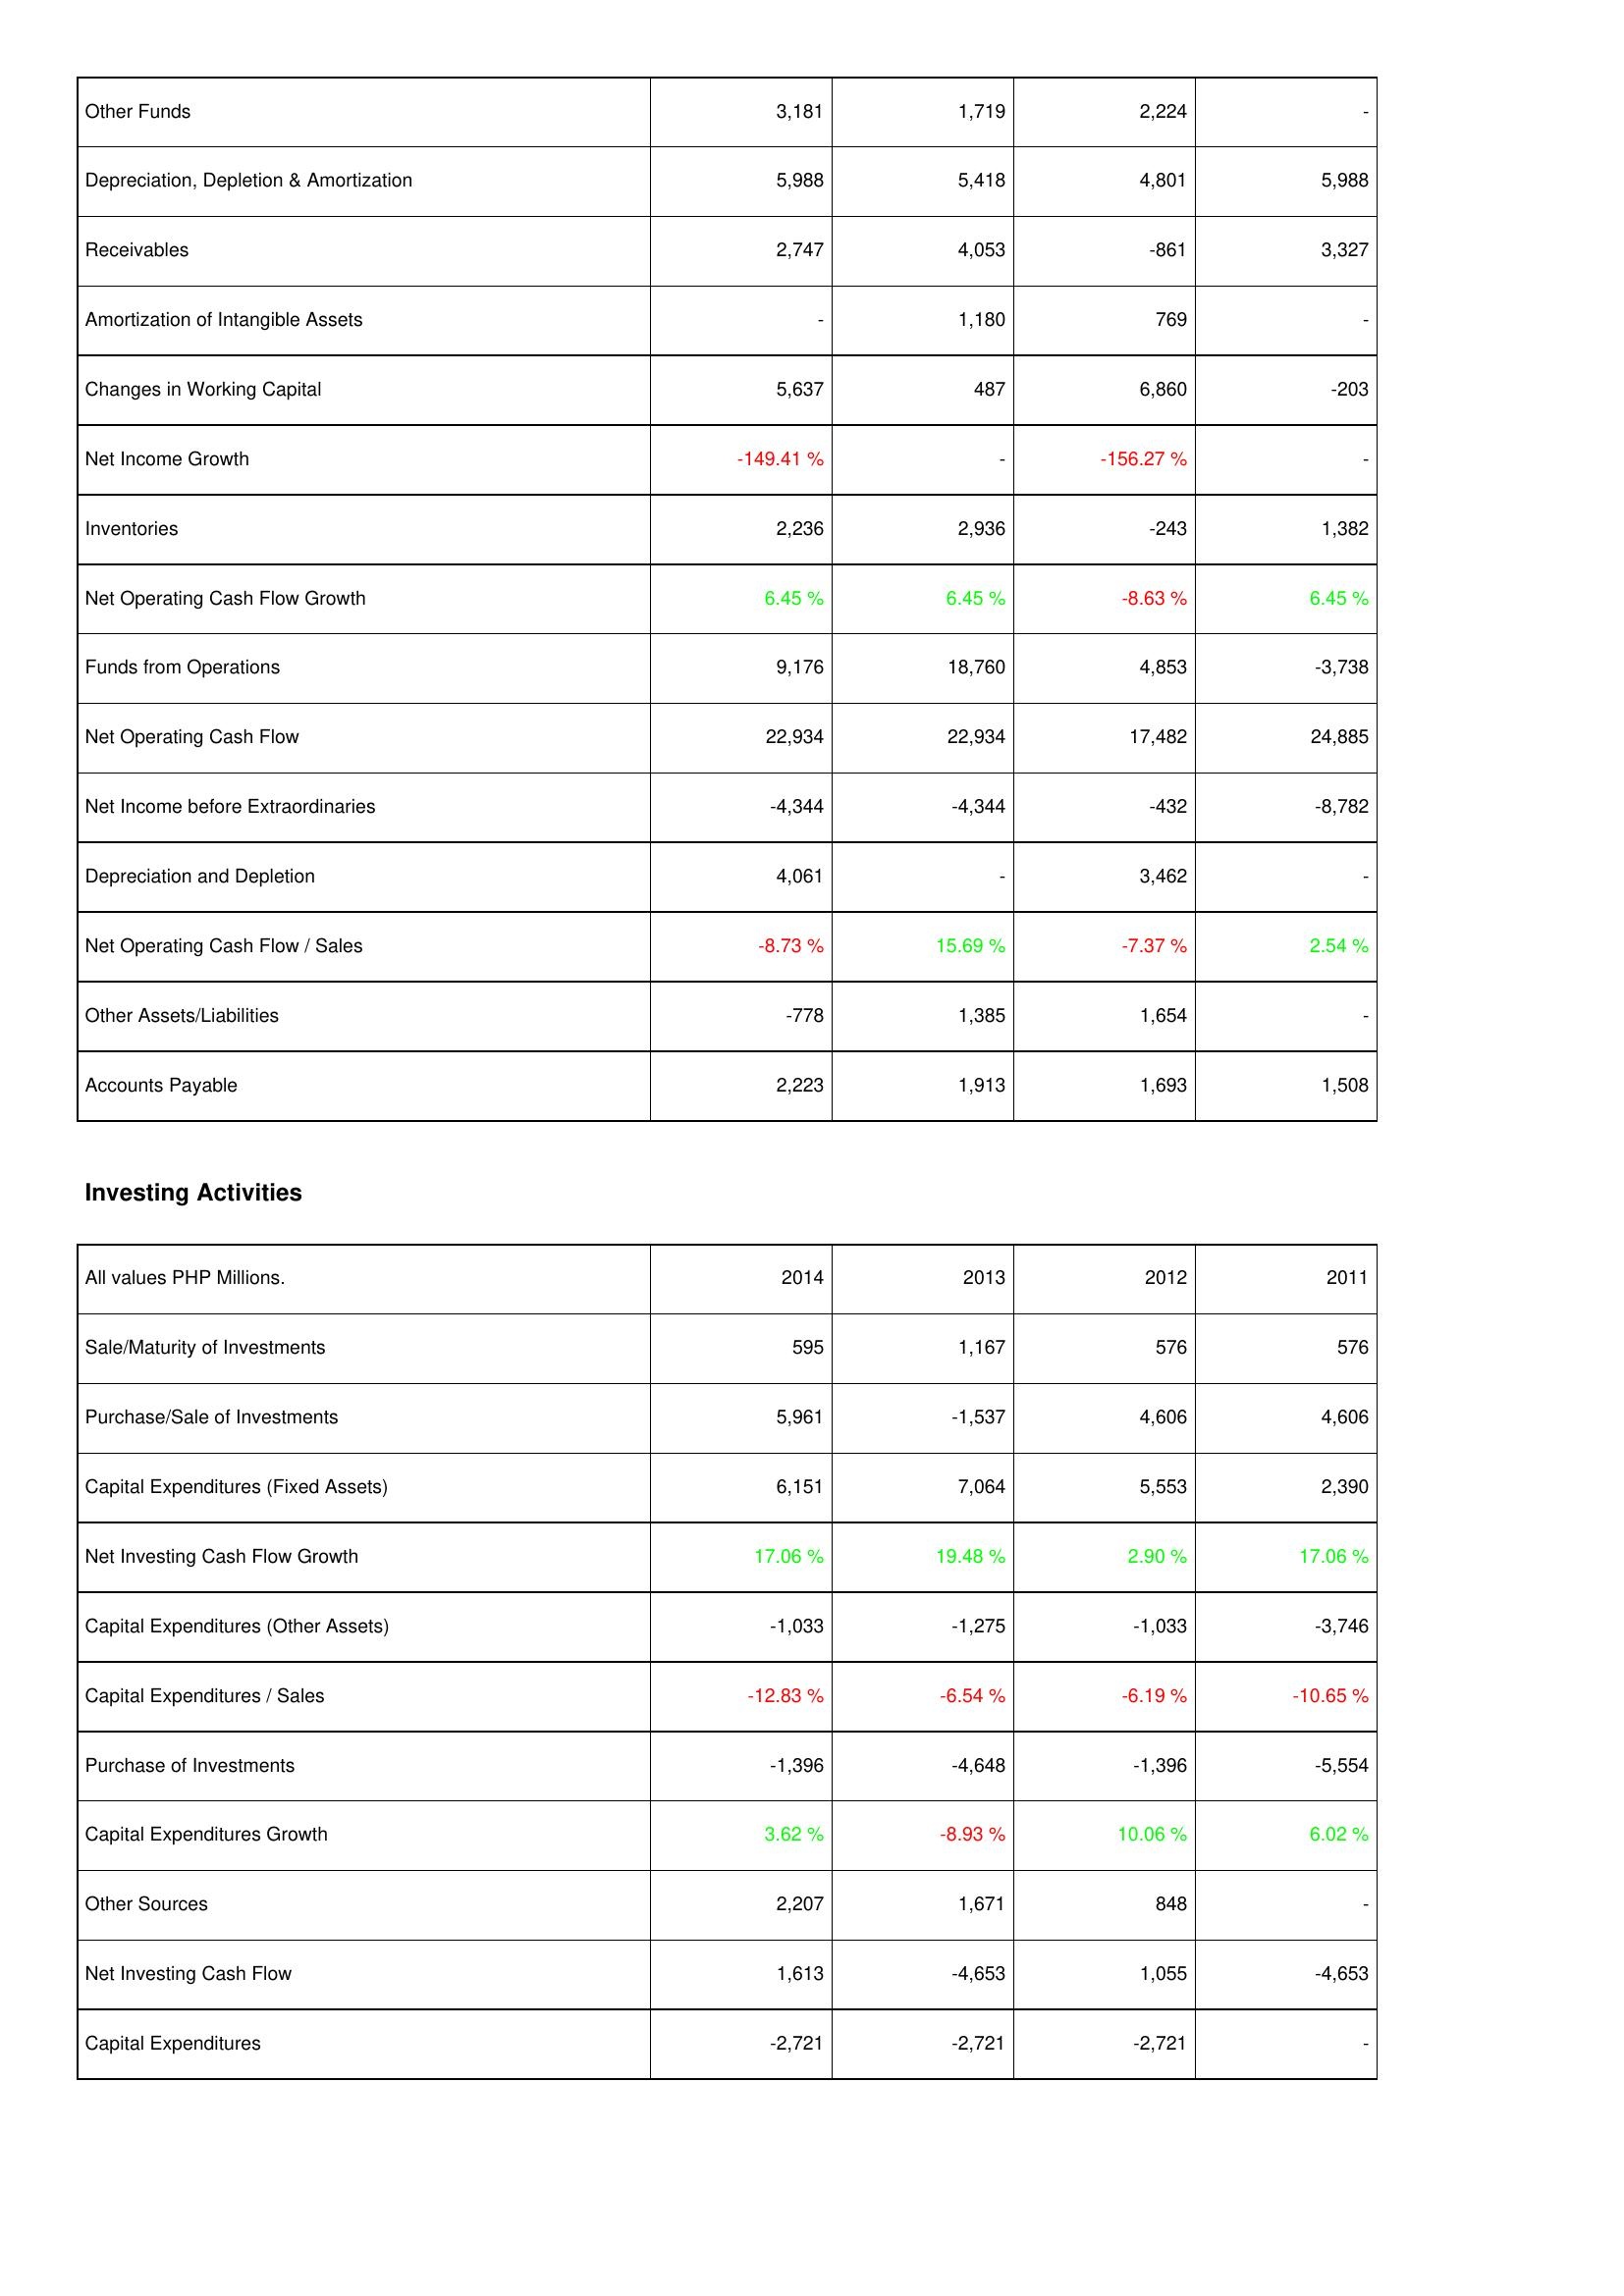
2014: Operating Activities: Other Funds: 3,181
Depreciation, Depletion & Amortization: 5,988
Receivables: 2,747
Amortization of Intangible Assets: -
Changes in Working Capital: 5,637
Net Income Growth: -149.41 %
Inventories: 2,236
Net Operating Cash Flow Growth: 6.45 %
Funds from Operations: 9,176
Net Operating Cash Flow: 22,934
Net Income before Extraordinaries: -4,344
Depreciation and Depletion: 4,061
Net Operating Cash Flow / Sales: -8.73 %
Other Assets/Liabilities: -778
Accounts Payable: 2,223
Investing Activities: Sale/Maturity of Investments: 595
Purchase/Sale of Investments: 5,961
Capital Expenditures (Fixed Assets): 6,151
Net Investing Cash Flow Growth: 17.06 %
Capital Expenditures (Other Assets): -1,033
Capital Expenditures / Sales: -12.83 %
Purchase of Investments: -1,396
Capital Expenditures Growth: 3.62 %
Other Sources: 2,207
Net Investing Cash Flow: 1,613
Capital Expenditures: -2,721
2013: Operating Activities: Other Funds: 1,719
Depreciation, Depletion & Amortization: 5,418
Receivables: 4,053
Amortization of Intangible Assets: 1,180
Changes in Working Capital: 487
Net Income Growth: -
Inventories: 2,936
Net Operating Cash Flow Growth: 6.45 %
Funds from Operations: 18,760
Net Operating Cash Flow: 22,934
Net Income before Extraordinaries: -4,344
Depreciation and Depletion: -
Net Operating Cash Flow / Sales: 15.69 %
Other Assets/Liabilities: 1,385
Accounts Payable: 1,913
Investing Activities: Sale/Maturity of Investments: 1,167
Purchase/Sale of Investments: -1,537
Capital Expenditures (Fixed Assets): 7,064
Net Investing Cash Flow Growth: 19.48 %
Capital Expenditures (Other Assets): -1,275
Capital Expenditures / Sales: -6.54 %
Purchase of Investments: -4,648
Capital Expenditures Growth: -8.93 %
Other Sources: 1,671
Net Investing Cash Flow: -4,653
Capital Expenditures: -2,721
2012: Operating Activities: Other Funds: 2,224
Depreciation, Depletion & Amortization: 4,801
Receivables: -861
Amortization of Intangible Assets: 769
Changes in Working Capital: 6,860
Net Income Growth: -156.27 %
Inventories: -243
Net Operating Cash Flow Growth: -8.63 %
Funds from Operations: 4,853
Net Operating Cash Flow: 17,482
Net Income before Extraordinaries: -432
Depreciation and Depletion: 3,462
Net Operating Cash Flow / Sales: -7.37 %
Other Assets/Liabilities: 1,654
Accounts Payable: 1,693
Investing Activities: Sale/Maturity of Investments: 576
Purchase/Sale of Investments: 4,606
Capital Expenditures (Fixed Assets): 5,553
Net Investing Cash Flow Growth: 2.90 %
Capital Expenditures (Other Assets): -1,033
Capital Expenditures / Sales: -6.19 %
Purchase of Investments: -1,396
Capital Expenditures Growth: 10.06 %
Other Sources: 848
Net Investing Cash Flow: 1,055
Capital Expenditures: -2,721
2011: Operating Activities: Other Funds: -
Depreciation, Depletion & Amortization: 5,988
Receivables: 3,327
Amortization of Intangible Assets: -
Changes in Working Capital: -203
Net Income Growth: -
Inventories: 1,382
Net Operating Cash Flow Growth: 6.45 %
Funds from Operations: -3,738
Net Operating Cash Flow: 24,885
Net Income before Extraordinaries: -8,782
Depreciation and Depletion: -
Net Operating Cash Flow / Sales: 2.54 %
Other Assets/Liabilities: -
Accounts Payable: 1,508
Investing Activities: Sale/Maturity of Investments: 576
Purchase/Sale of Investments: 4,606
Capital Expenditures (Fixed Assets): 2,390
Net Investing Cash Flow Growth: 17.06 %
Capital Expenditures (Other Assets): -3,746
Capital Expenditures / Sales: -10.65 %
Purchase of Investments: -5,554
Capital Expenditures Growth: 6.02 %
Other Sources: -
Net Investing Cash Flow: -4,653
Capital Expenditures: -